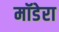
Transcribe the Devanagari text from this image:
मॉडेरा